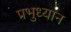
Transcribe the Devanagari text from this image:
प्रभुध्यान